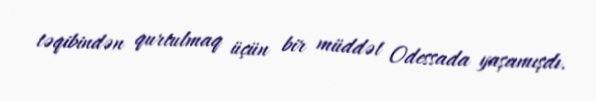
təqibindən qurtulmaq üçün bir müddət Odessada yaşamışdı.